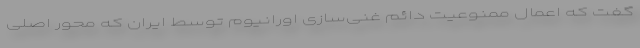
گفت که اعمال ممنوعیت دائم غنی‌سازی اورانیوم توسط ایران که محور اصلی